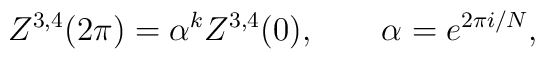
Z^{3,4}(2\pi) = \alpha^k Z^{3,4}(0),\qquad \alpha = e^{2\pi i/N},